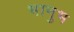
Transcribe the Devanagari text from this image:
भानुभ